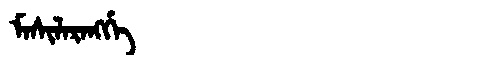
Manchu: ᠮᠠᠰᡳᠯᠠᡵᠠᠩᡤᡝ
Romanization: MASILARANGGE